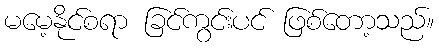
မမေ့နိုင်စရာ ခြင်ကွင်းပင် ဖြစ်တော့သည်။